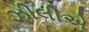
ઝીલીએ